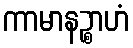
ကာမာနဉ္စာဟံ